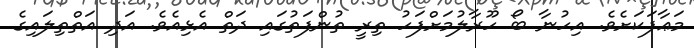
މަޢާފަކަށެވެ. އިހުނާ ބޯ ހޫރާލުމަށްފަހު ތިރީ ތުންފަތުގައި ދަތް އެޅިއެވެ. އަދި އަތްތިލައިގެ